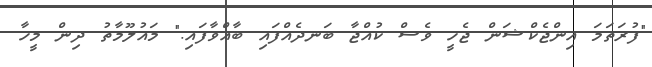
"ފުރަތަމަ އިންޖެކްޝަން ޖެހީ ވެސް ކުއްޖާ ބަނދެއްފައި ބާއްވާފައި." މައުލޫމާތު ދިން މީހާ